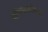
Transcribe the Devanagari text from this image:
एशियावासियों